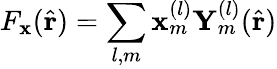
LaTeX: F_{\mathbf{x}}(\hat{\mathbf{r}})=\sum_{l,m}\mathbf{x}_{m}^{(l)}\mathbf{Y}_{m}^{(l)}(\hat{\mathbf{r}})